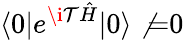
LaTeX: \langle0|e^{\i\mathcal{T}{\hat{{H}}}}|0\rangle\not{=}0